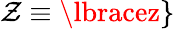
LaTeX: \mathcal{Z}\equiv\lbracez\rbrace